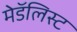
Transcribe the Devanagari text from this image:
मेडॅलिस्ट